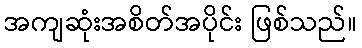
အကျဆုံးအစိတ်အပိုင်း ဖြစ်သည်။